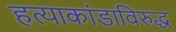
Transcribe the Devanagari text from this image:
हत्याकांडाविरुद्ध